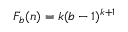
F _ { b } ( n ) = k ( b - 1 ) ^ { k + 1 }